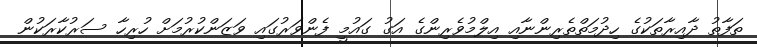
ތަފާތު ދާއިރާތަކުގެ ހިދުމަތްތެރިންނާއި އިލްމުވެރިންގެ އަގު ގައުމީ ފެންވަރުގައި ވަޒަންކުރުމަށް ހުރިހާ ސަރުކާރަކުން